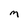
Character: M